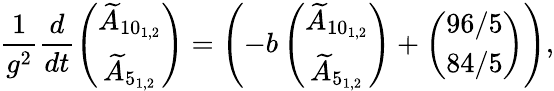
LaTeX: \frac{1}{g^{2}}\frac{d}{dt}\left(\begin{array}{c}{{\widetilde{A}_{10_{1,2}}}}\\ {{\widetilde{A}_{5_{1,2}}}}\end{array}\right)=\left(-b\left(\begin{array}{c}{{\widetilde{A}_{10_{1,2}}}}\\ {{\widetilde{A}_{5_{1,2}}}}\end{array}\right)+\left(\begin{array}{c}{{96/5}}\\ {{84/5}}\end{array}\right)\right),